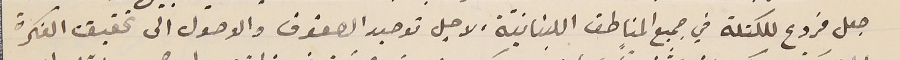
جعل فروع للكتلة في جميع المناطق اللبنانيّة، لاجل توحيد الصفوف والوصول الى تحقيق الفكرة